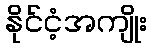
နိုင်ငံ့အကျိုး